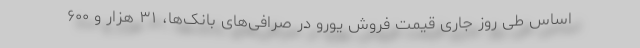
اساس طی روز جاری قیمت فروش یورو در صرافی‌های بانک‌ها، ۳۱ هزار و ۶۰۰